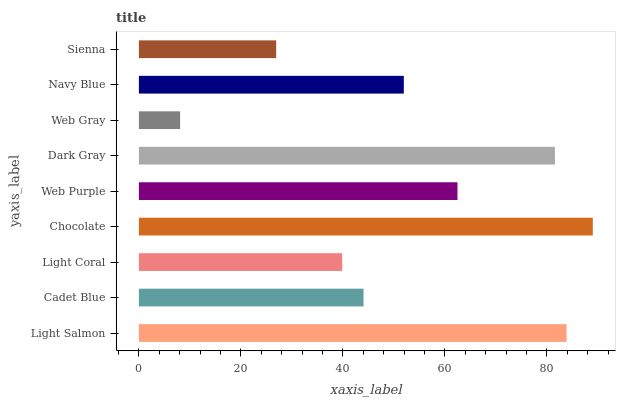
| yaxis_label | bars |
 | --- | --- |
 | Light Salmon | 83.9 |
 | Cadet Blue | 44.1 |
 | Light Coral | 39.9 |
 | Chocolate | 89 |
 | Web Purple | 62.5 |
 | Dark Gray | 81.6 |
 | Web Gray | 8.08 |
 | Navy Blue | 52 |
 | Sienna | 26.9 |